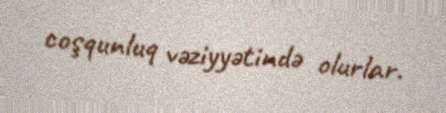
coşqunluq vəziyyətində olurlar.